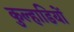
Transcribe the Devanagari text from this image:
कुल्हाडियों